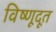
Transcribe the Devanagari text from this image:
विष्णूदूत